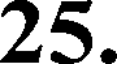
25.